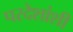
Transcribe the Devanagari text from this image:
परदेशांशी